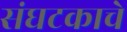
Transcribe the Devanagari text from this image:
संघटकाचे